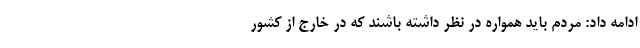
ادامه داد: مردم باید همواره در نظر داشته باشند که در خارج از کشور